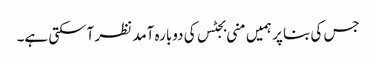
جس کی بنا پر ہمیں منی بجٹس کی دوبارہ آمد نظر آسکتی ہے۔